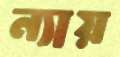
ন্যায়